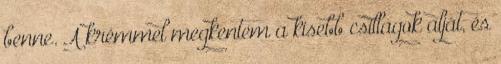
benne. A krémmel megkentem a kisebb csillagok alját, és